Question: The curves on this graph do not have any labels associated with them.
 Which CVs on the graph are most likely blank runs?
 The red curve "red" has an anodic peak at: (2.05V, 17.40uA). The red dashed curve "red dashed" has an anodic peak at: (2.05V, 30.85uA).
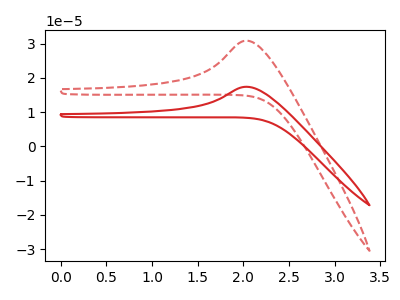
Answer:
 <answer>There are not any CV's on this graph that are likely to be blanks.</answer>
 <eval>none</eval>